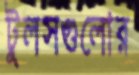
টুলসগুলোর